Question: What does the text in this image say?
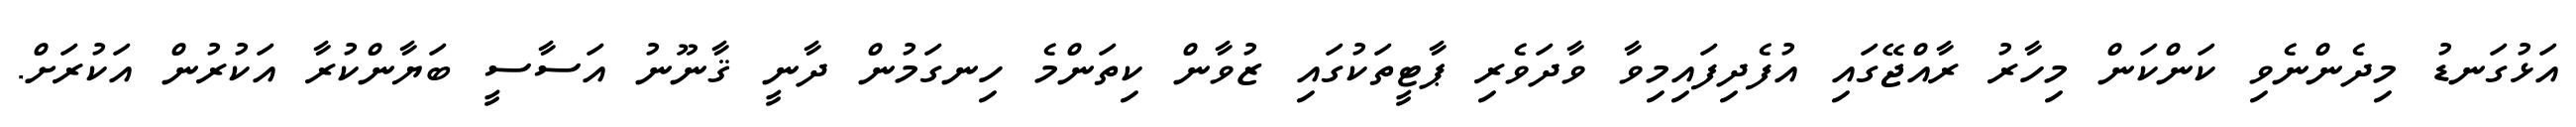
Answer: އަޅުގަނޑު މިދެންނެވި ކަންކަން މިހާރު ރާއްޖޭގައި އުފެދިފައިމިވާ ވާދަވެރި ޕާޓީތަކުގައި ޒުވާން ކިތަންމެ ހިނގަމުން ދާނީ ޤާނޫނު އަސާސީ ބަޔާންކުރާ އަކުރުން އަކުރަށް.